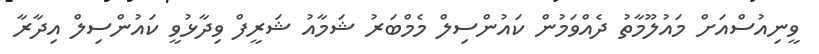
ވީނިއުސްއަށް މައުލޫމާތު ދެއްވަމުން ކައުންސިލް މެމްބަރު ޝަމާއު ޝަރީފް ވިދާޅުވީ ކައުންސިލް އިދާރާ